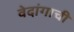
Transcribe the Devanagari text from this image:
वेदांगाची